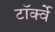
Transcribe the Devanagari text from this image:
टॉर्क्वे